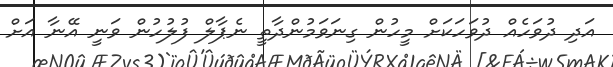
އަދި ދުވަހެއް ދުވަހަކަށް މީހުން ގިނަވަމުންދާތީ ނެޕާލް ފުލުހުން ވަނީ އޭނާ އަށް